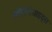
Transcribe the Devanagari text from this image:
स्टेवियोसाइड्स